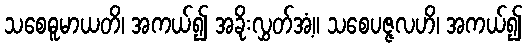
သစေဓူမာယတိ၊ အကယ်၍ အခိုးလွှတ်အံ့။ သစေပဇ္ဇလဟိ၊ အကယ်၍